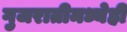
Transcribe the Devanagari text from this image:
गुजरातीमध्येही